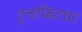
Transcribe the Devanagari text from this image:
टुलकिटचा